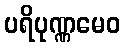
ပရိပုဏ္ဏမေဝ